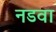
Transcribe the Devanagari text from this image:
नडवा